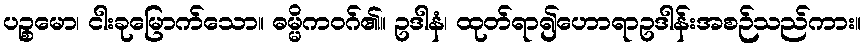
ပဉ္စမော၊ ငါးခုမြောက်သော။ ဓမ္မိကဝဂ်၏။ ဥဒါနံ၊ ထုတ်ရာ၍ဟောရာဥဒါန်းအစဉ်သည်ကား။